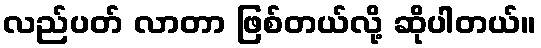
လည်ပတ် လာတာ ဖြစ်တယ်လို့ ဆိုပါတယ်။